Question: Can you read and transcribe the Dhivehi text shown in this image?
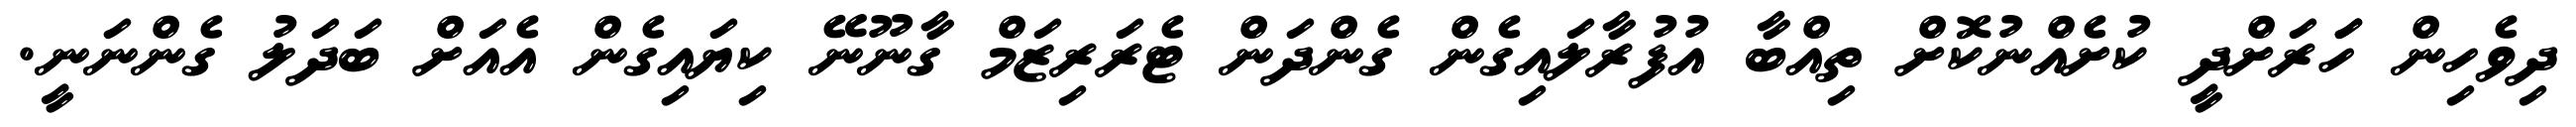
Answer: ދިވެހިން ހަަރަށްދީ ކުށެއްނުކޮށް ތިއްބާ އުފުރާލައިގެން ގެންދަން ޓެރަރިޒަމް ގާނޫނޭ ކިޔައިގެން އެއަށް ބަދަލު ގެންނަނީ.